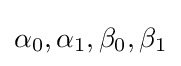
\alpha _{0},\alpha _{1},\beta _{0},\beta _{1}